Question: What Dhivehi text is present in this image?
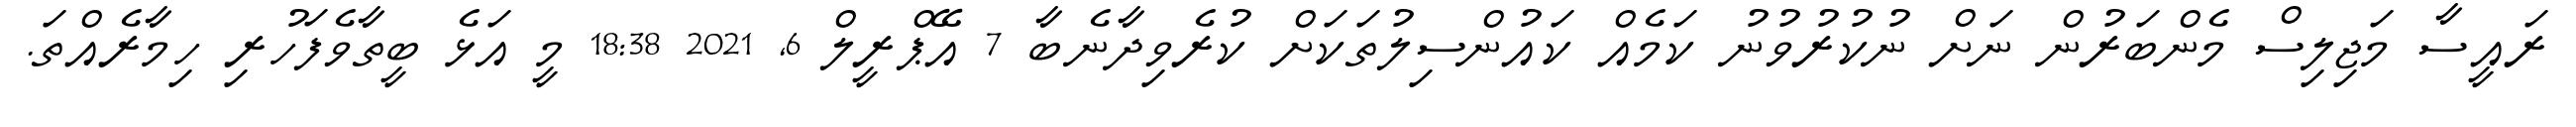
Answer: ރައީސާ މަޖިލިސް މެންބަރުން ނަށް ނުކުރުވުނު ކަމެއް ކައުންސިލުތަކަށް ކުރެވިދާނެބާ 7 އޭޕްރީލް 6, 2021 18:38 މީ އަޅެ ބީތާވެފަހުރި ހިމާރެއްތަ.